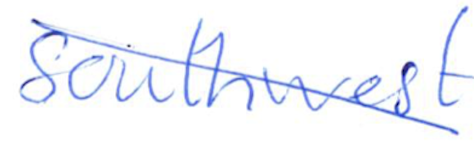
Text: southwest
Cross-out: diagonal
Writing tool: ballpoint